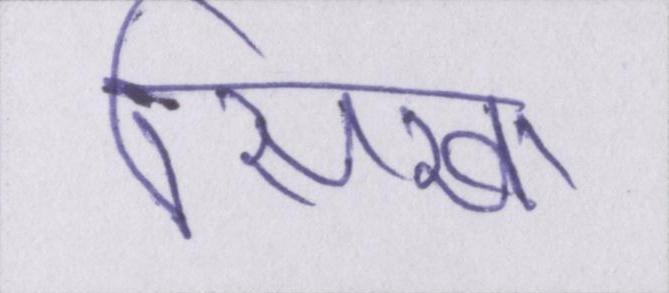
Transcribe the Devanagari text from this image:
सिखा